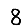
Digit: 8